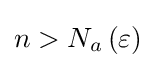
n>N_{a}\left(\varepsilon \right)